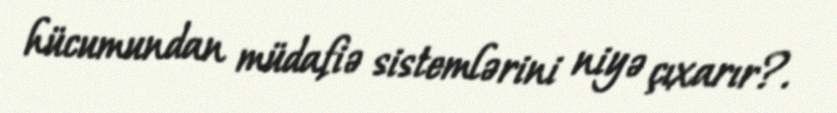
hücumundan müdafiə sistemlərini niyə çıxarır?.